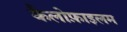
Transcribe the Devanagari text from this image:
कैलोफ़ाइलम